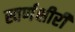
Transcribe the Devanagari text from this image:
स्वर्णक्षीरी